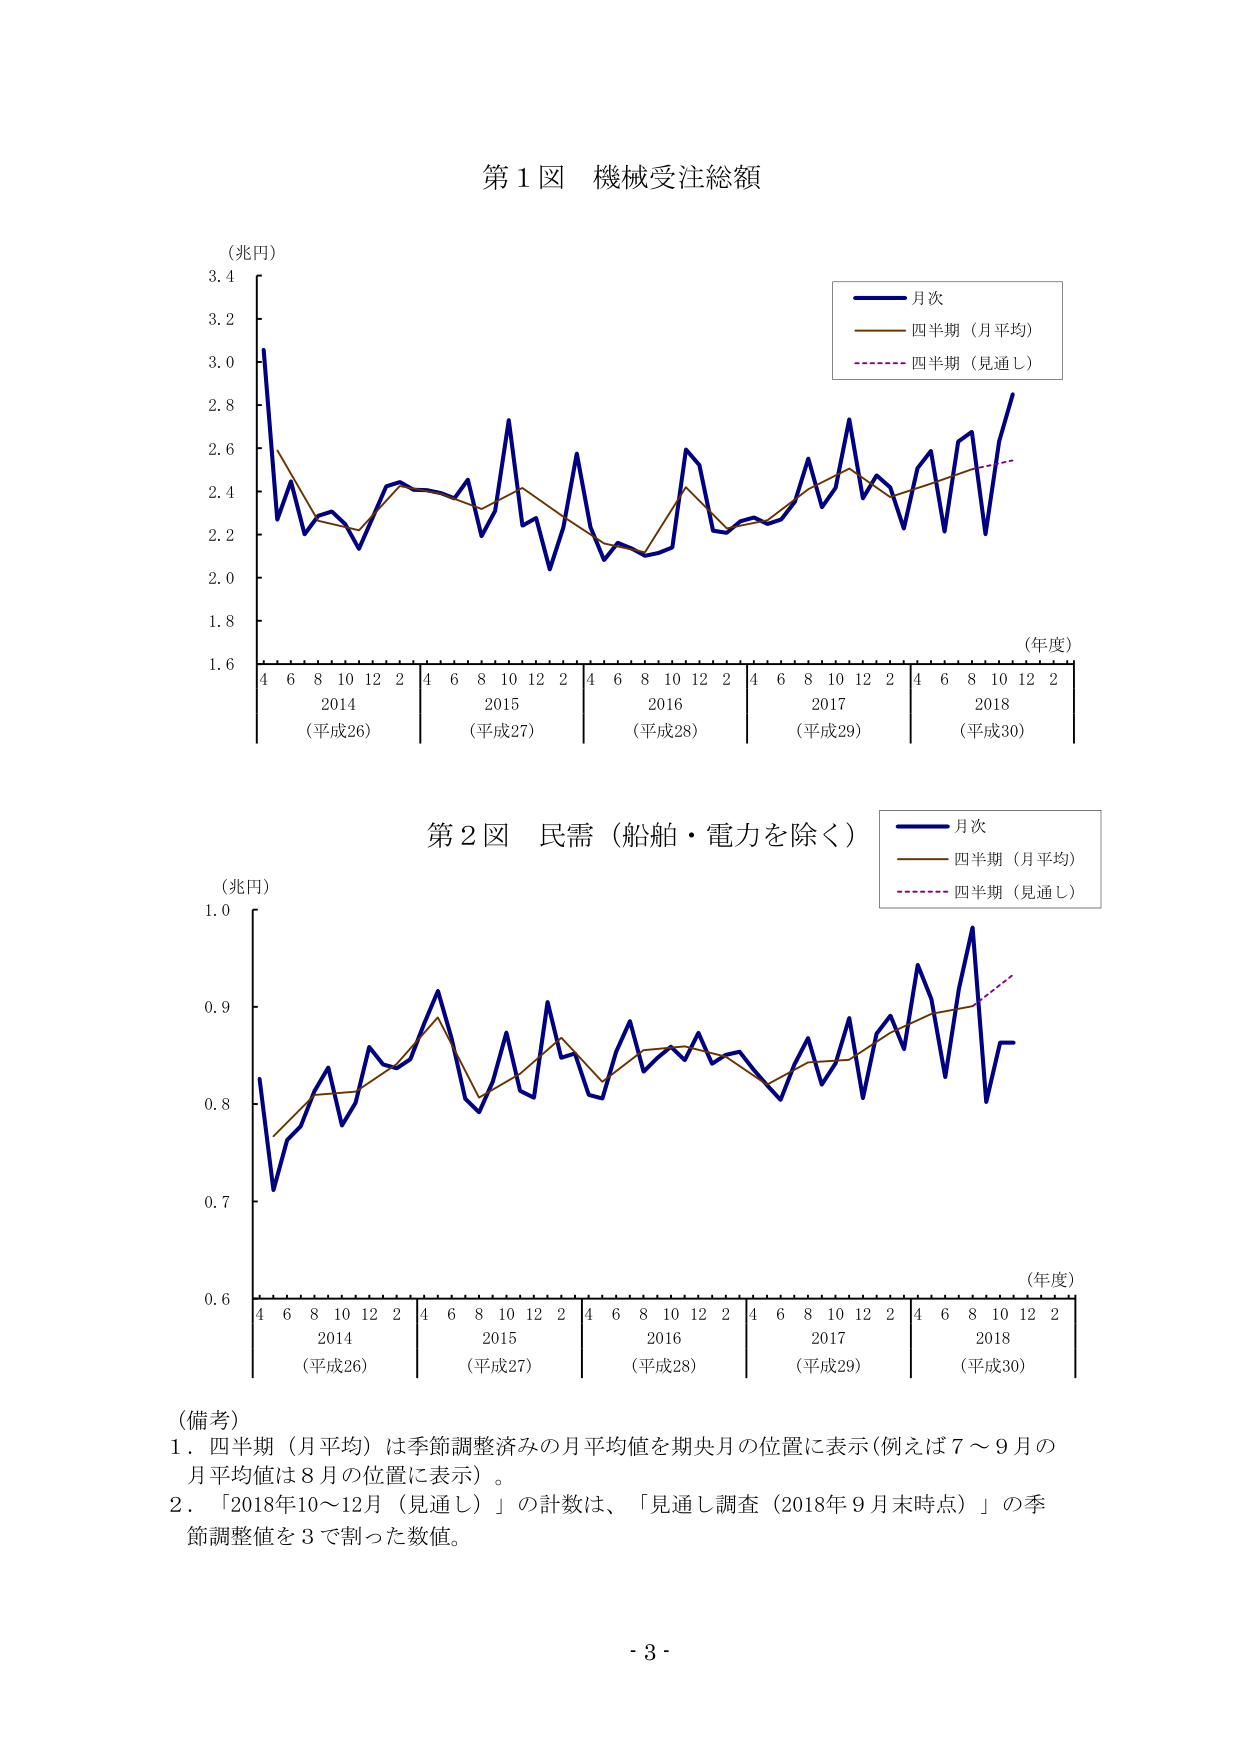
第1図 機械受注総額
（兆円）
3.4
3.2
3.0
2.8
2.6
2.4
2.2
2.0
1.8
1.6
4 6 8 10 12 2 4 6 8 10 12 2 4 6 8 10 12 2 4 6 8 10 12 2 4 6 8 10 12 2
2014 （平成26） 2015 （平成27） 2016 （平成28） 2017 （平成29） 2018 （平成30）
（年度）
月次
四半期（月平均）
四半期（見通し）

第2図 民需（船舶・電力を除く）
（兆円）
1.0
0.9
0.8
0.7
0.6
4 6 8 10 12 2 4 6 8 10 12 2 4 6 8 10 12 2 4 6 8 10 12 2 4 6 8 10 12 2
2014 （平成26） 2015 （平成27） 2016 （平成28） 2017 （平成29） 2018 （平成30）
（年度）
月次
四半期（月平均）
四半期（見通し）

（備考）
1．四半期（月平均）は季節調整済みの月平均値を期央月の位置に表示（例えば7～9月の月平均値は8月の位置に表示）。
2．「2018年10～12月（見通し）」の計数は、「見通し調査（2018年9月末時点）」の季節調整値を3で割った数値。

- 3 -